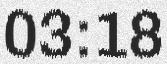
03:18